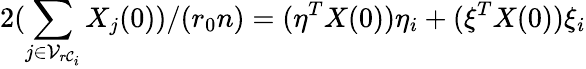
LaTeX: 2(\sum_{j\in\mathcal{V}_{r\mathcal{C}_{i}}}X_{j}(0))/(r_{0}n)=(\eta^{T}X(0))\eta_{i}+(\xi^{T}X(0))\xi_{i}